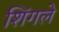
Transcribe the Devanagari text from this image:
शिंगले